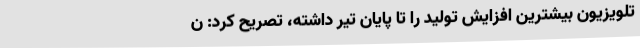
تلویزیون بیشترین افزایش تولید را تا پایان تیر داشته، تصریح کرد: ن